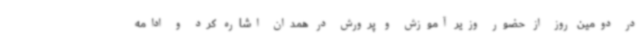
در دومین روز از حضور وزیر آموزش و پرورش در همدان اشاره کرد و ادامه